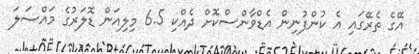
އޭގެ ތެރޭގައި އެ ކުންފުނިން އެޑްވާންސްކޮށް ދެއްކި 6.5 މިލިއަން ޑޮލަރުގެ މައްސަލަ